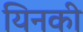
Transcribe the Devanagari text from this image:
यिनकी